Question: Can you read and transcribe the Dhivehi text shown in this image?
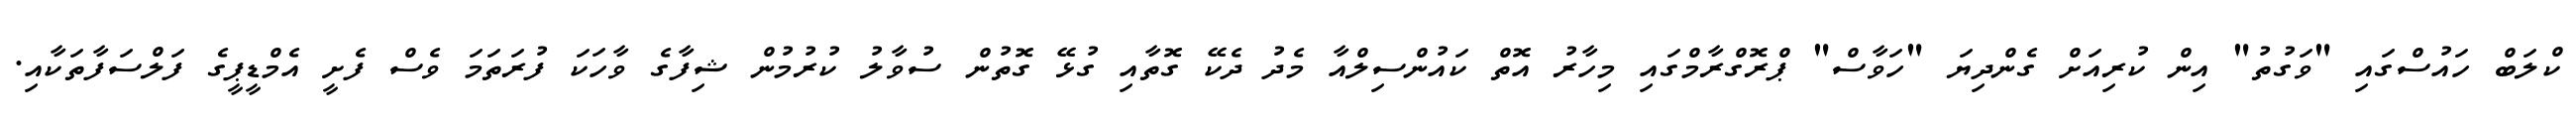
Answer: ކްލަބް ހައުސްގައި "ވަގުތު" އިން ކުރިއަށް ގެންދިޔަ "ހަވާސް" ޕްރޮގްރާމްގައި މިހާރު އޮތް ކައުންސިލްއާ މެދު ދެކޭ ގޮތާއި ގުޅޭ ގޮތުން ސުވާލު ކުރުމުން ޝިފާގެ ވާހަކަ ފުރަތަމަ ވެސް ފެށީ އެމްޑީޕީގެ ފަލްސަފާތަކާއި.